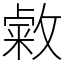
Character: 敹